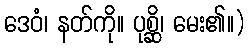
ဒေဝံ၊ နတ်ကို။ ပုစ္ဆိ၊ မေး၏။)